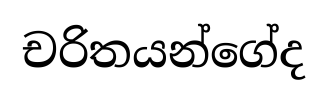
චරිතයන්ගේද